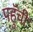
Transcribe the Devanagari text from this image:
पहुॅची